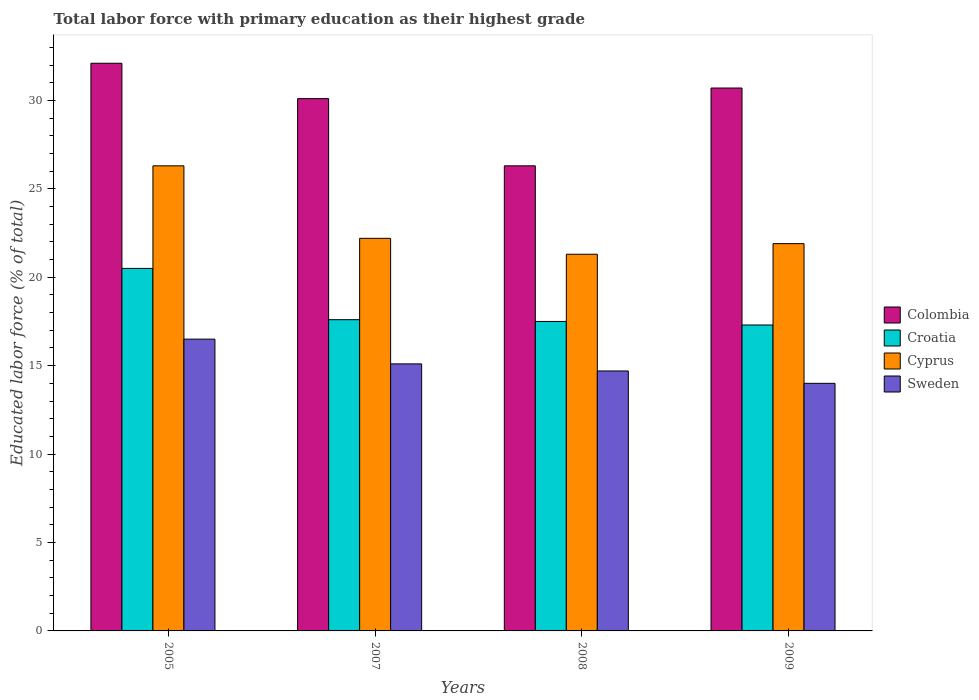
| Years | Colombia | Croatia | Cyprus | Sweden |
 | --- | --- | --- | --- | --- |
 | 2005 | 32.1 | 20.5 | 26.3 | 16.5 |
 | 2007 | 30.1 | 17.6 | 22.2 | 15.1 |
 | 2008 | 26.3 | 17.5 | 21.3 | 14.7 |
 | 2009 | 30.7 | 17.3 | 21.9 | 14 |